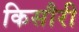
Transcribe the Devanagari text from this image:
किसौरी